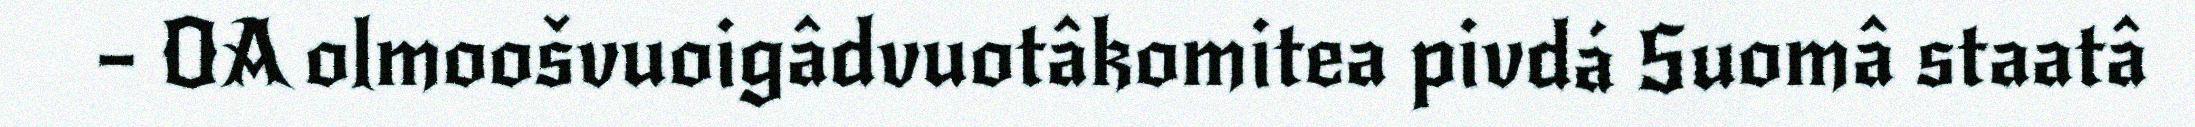
– OA olmoošvuoigâdvuotâkomitea pivdá Suomâ staatâ